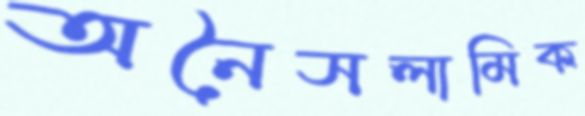
অনৈসলামিক